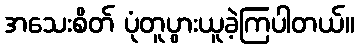
အသေးစိတ် ပုံတူပွားယူခဲ့ကြပါတယ်။